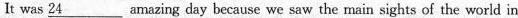
It was ___24 amazing day because we saw the main sights of the world in